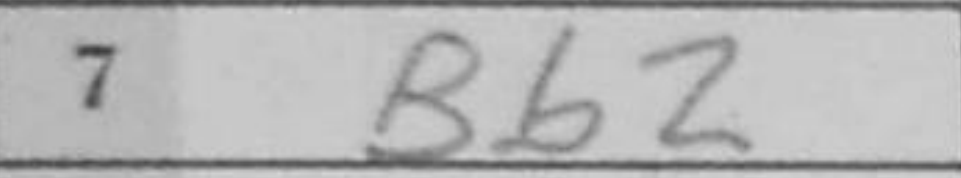
Transcription: Bb2